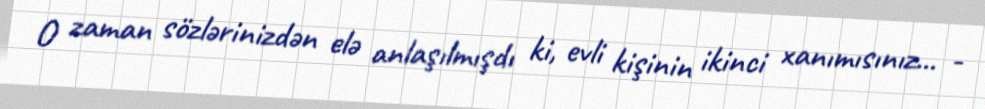
O zaman sözlərinizdən elə anlaşılmışdı ki, evli kişinin ikinci xanımısınız... -